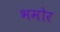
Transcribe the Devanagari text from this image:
भमोर